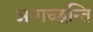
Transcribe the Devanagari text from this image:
आगच्छन्ति